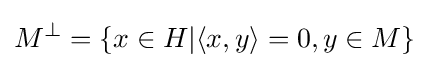
M^{\bot }=\{x\in H|\langle x,y\rangle =0,y\in M\}